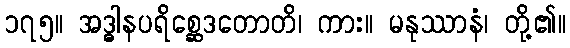
၁၇၅။ အဒ္ဓါနပရိစ္ဆေဒတောတိ၊ ကား။ မနုဿာနံ၊ တို့၏။